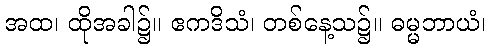
အထ၊ ထိုအခါ၌။ ဧကဒိသံ၊ တစ်နေ့သ၌။ ဓမ္မဘာယံ၊